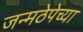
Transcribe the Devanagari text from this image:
जन्मठेपेच्या